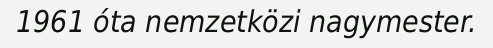
1961 óta nemzetközi nagymester.